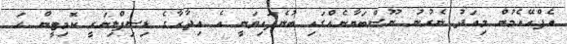
އެފްއޭއެމުން މިއަދު ނެރުނު ނޫސްބަޔާނެއްގައި ބުނެފައިވަނީ އެ އިދާރާގެ ޑިސިޕްލިނަރީ ކޮމިޓީން ހަ